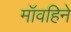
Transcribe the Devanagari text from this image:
मॉवहिने